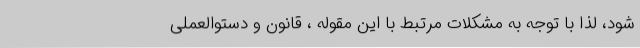
شود، لذا با توجه به مشکلات مرتبط با این مقوله ، قانون و دستوالعملی